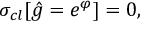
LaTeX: \sigma _ { c l } [ \hat { g } = e ^ { \varphi } ] = 0 ,